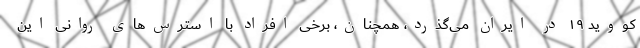
کووید ۱۹ در ایران می‌گذرد، همچنان، برخی افراد با استرس‌های روانی این